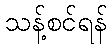
သန့်စင်ရန်